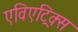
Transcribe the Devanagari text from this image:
एविएट्रिक्स